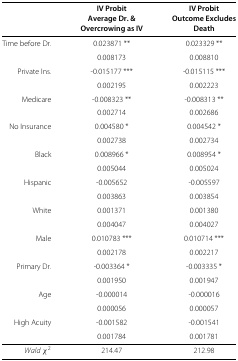
|  | IV Probit | IV Probit |
 |  | Average Dr. & | Outcome Excludes |
 |  | Overcrowing as IV | Death |
 | --- | --- | --- |
 | Time before Dr. | 0.023871 ** | 0.023329 ** |
 |  | 0.008173 | 0.008810 |
 | Private Ins. | -0.015177 *** | -0.015115 *** |
 |  | 0.002195 | 0.002223 |
 | Medicare | -0.008323 ** | -0.008313 ** |
 |  | 0.002714 | 0.002686 |
 | No Insurance | 0.004580 * | 0.004542 * |
 |  | 0.002738 | 0.002734 |
 | Black | 0.008966 * | 0.008954 * |
 |  | 0.005044 | 0.005024 |
 | Hispanic | -0.005652 | -0.005597 |
 |  | 0.003863 | 0.003854 |
 | White | 0.001371 | 0.001380 |
 |  | 0.004047 | 0.004027 |
 | Male | 0.010783 *** | 0.010714 *** |
 |  | 0.002178 | 0.002217 |
 | Primary Dr. | -0.003364 * | -0.003335 * |
 |  | 0.001950 | 0.001947 |
 | Age | -0.000014 | -0.000016 |
 |  | 0.000056 | 0.000057 |
 | High Acuity | -0.001582 | -0.001541 |
 |  | 0.001784 | 0.001781 |
 | Waldχ2 | 214.47 | 212.98 |